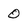
Character: 0